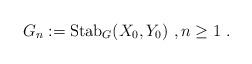
LaTeX: \begin{align*}G_n := \mbox{\rm Stab}_{G}(X_0, Y_0)\ ,n \ge 1\ .\end{align*}